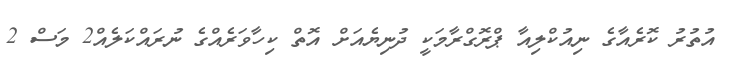
އުތުރު ކޮރެއާގެ ނިއުކްލިއާ ޕްރޮގްރާމަކީ ދުނިޔެއަށް އޮތް ކިހާވަރެއްގެ ނުރައްކަލެއް2 މަސް 2